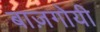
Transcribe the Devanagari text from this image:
बाज़गोयी